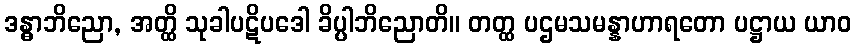
ဒန္ဓာဘိညော, အတ္ထိ သုခါပဋိပဒေါ ခိပ္ပါဘိညောတိ။ တတ္ထ ပဌမသမန္နာဟာရတော ပဋ္ဌာယ ယာဝ